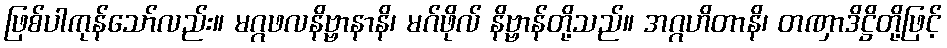
ဖြစ်ပါကုန်သော်လည်း။ မဂ္ဂဖလနိဗ္ဗာနာနိ၊ မဂ်ဖိုလ် နိဗ္ဗာန်တို့သည်။ အဂ္ဂဟိတာနိ၊ တဏှာဒိဋ္ဌိတို့ဖြင့်